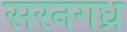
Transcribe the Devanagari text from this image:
सरनगध्र